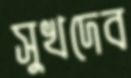
সুখদেব